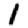
Digit: 1